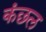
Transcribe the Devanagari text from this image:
कंछल